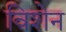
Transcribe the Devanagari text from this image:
विशेन